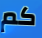
كم